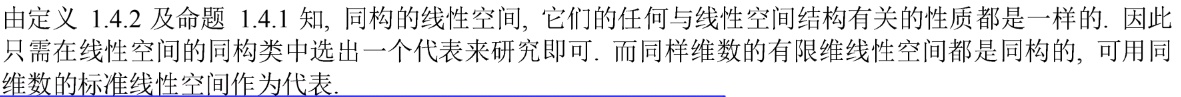
由定义 1.4.2 及命题 1.4.1 知, 同构的线性空间, 它们的任何与线性空间结构有关的性质都是一样的. 因此只需要在线性空间的同构类中选出一个代表来研究即可. 而同样维数的有限维线性空间都是同构的, 可用同维数的标准线性空间作为代表.